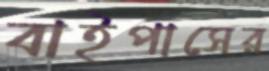
বাইপাসের